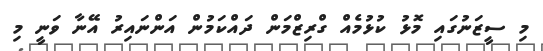
މި ސީޒަނުގައި މޮޅު ކުޅުމެއް ގްރިޒްމަން ދައްކަމުން އަންނައިރު އޭނާ ވަނީ މި